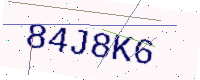
Text: 84J8K6